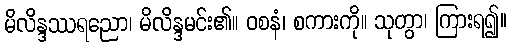
မိလိန္ဒဿရညော၊ မိလိန္ဒမင်း၏။ ဝစနံ၊ စကားကို။ သုတွာ၊ ကြားရ၍။